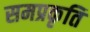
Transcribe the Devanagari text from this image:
समप्रकृति